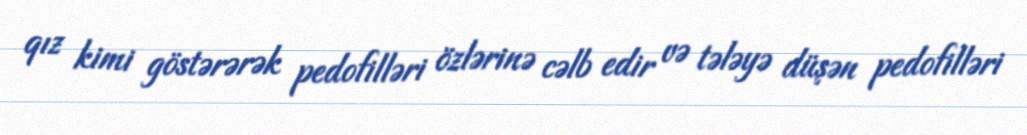
qız kimi göstərərək pedofilləri özlərinə cəlb edir və tələyə düşən pedofilləri